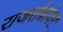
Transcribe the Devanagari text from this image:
राजतंत्रांवर